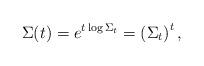
LaTeX: \begin{align*}\Sigma(t) = e^{t \log \Sigma_t} = \left(\Sigma_t\right)^t,\end{align*}